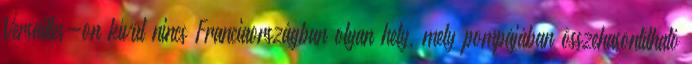
Versailles-on kívül nincs Franciaországban olyan hely, mely pompájában összehasonlítható